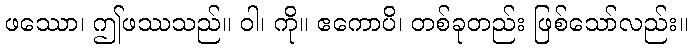
ဖဿော၊ ဤဖဿသည်။ ဝါ၊ ကို။ ဧကောပိ၊ တစ်ခုတည်း ဖြစ်သော်လည်း။